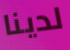
لدينا